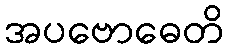
အပဗောဓေတိ